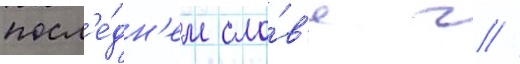
посл'е́дн'ем сло́в'е г //